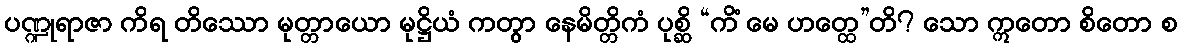
ပဏ္ဍုရာဇာ ကိရ တိဿော မုတ္တာယော မုဋ္ဌိယံ ကတွာ နေမိတ္တိကံ ပုစ္ဆိ “ကိံ မေ ဟတ္ထေ”တိ? သော ဣတော စိတော စ